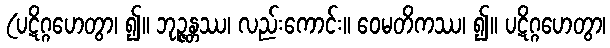
(ပဋိဂ္ဂဟေတွာ၊ ၍။ ဘုဉ္ဇန္တဿ၊ လည်းကောင်း။ ဝေမတိကဿ၊ ၍။ ပဋိဂ္ဂဟေတွာ၊